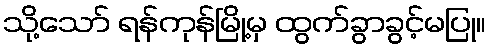
သို့သော် ရန်ကုန်မြို့မှ ထွက်ခွာခွင့်မပြု။